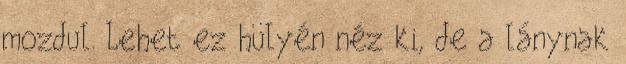
mozdul. Lehet ez hülyén néz ki, de a lánynak